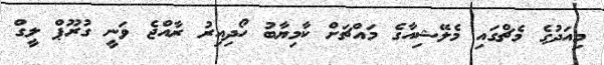
މިއަދުގެ މެޗްގައި މެލޭޝިއާގެ މައްޗަށް ކާމިޔާބު ހޯދިއިރު ރާއްޖެ ވަނީ ގުރޫޕް ލީގް